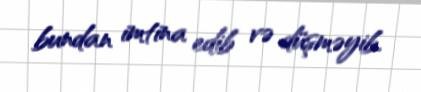
bundan imtina edib və düşməyib.